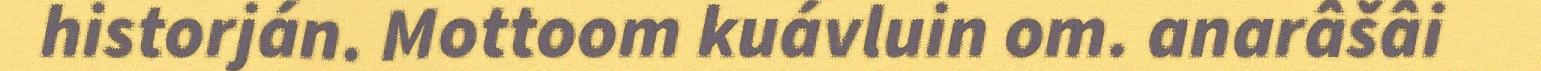
historján. Mottoom kuávluin om. anarâšâi